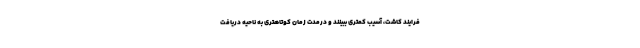
فرایند کاشت، آسیب کمتری ببینند و درمدت زمان کوتاهتری به ناحیه دریافت